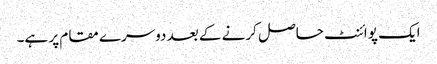
ایک پوائنٹ حاصل کرنے کے بعد دوسرے مقام پر ہے۔